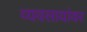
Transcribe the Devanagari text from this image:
व्यवसायांवर